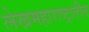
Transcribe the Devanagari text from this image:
लेखमहाराष्ट्रातील